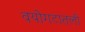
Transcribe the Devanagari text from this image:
वयोगटातली